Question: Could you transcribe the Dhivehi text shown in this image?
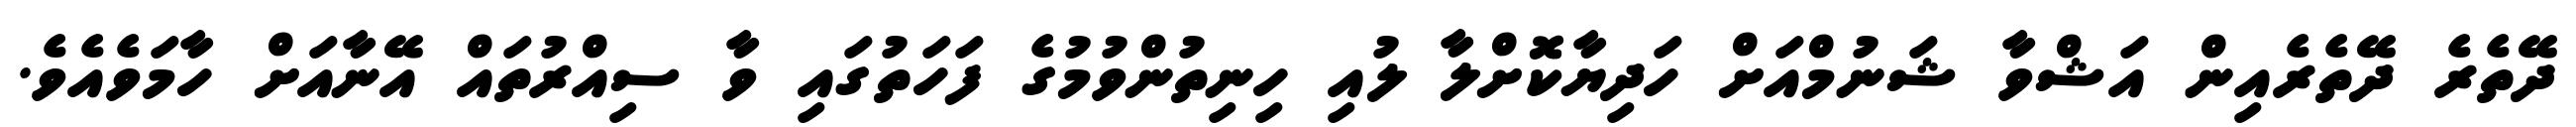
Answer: ދޭތެރެ ދޭތެރެއިން އަޝްވާ ޝަނުމްއަށް ހަދިޔާކޮށްލާ ލުއި ހިނިތުންވުމުގެ ފަހަތުގައި ވާ ސިއްރުތައް އޭނާއަށް ހާމަވެއެވެ.